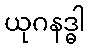
ယုဂနဒ္ဓါ